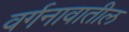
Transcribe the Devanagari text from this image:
वर्गनावातील